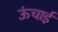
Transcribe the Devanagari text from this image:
ऊंचार्इ